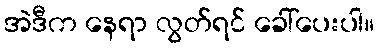
အဲဒီက နေရာ လွတ်ရင် ခေါ်ပေးပါ။